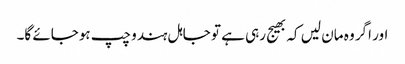
اور اگر وہ مان لیں کہ بھیج رہی ہے تو جاہل ہندو چپ ہوجائے گا۔